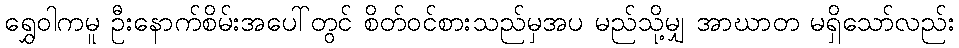
ရွှေဝါကမူ ဦးနောက်စိမ်းအပေါ်တွင် စိတ်ဝင်စားသည်မှအပ မည်သို့မျှ အာဃာတ မရှိသော်လည်း